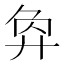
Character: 𢍅